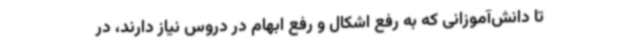
تا دانش‌آموزانی که به رفع اشکال و رفع ابهام در دروس نیاز دارند، در